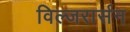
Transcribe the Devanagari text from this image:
विल्जरार्सन